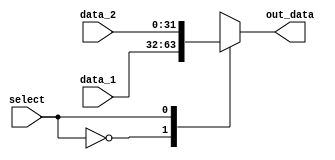
module mux_32bit(input select,input[31:0] data_1,input[31:0] data_2,output reg [31:0] out_data);
always@(select,data_1,data_2) 
begin
case(select)
	1'b0:out_data=data_1;
	1'b1:out_data=data_2;
endcase
end
endmodule

module mux_5bit(input select,input[4:0] data_1,input[4:0] data_2,output reg [4:0] out_data);
always@(select,data_1,data_2) 
begin
case(select)
	1'b0:out_data=data_1;
	1'b1:out_data=data_2;
endcase
end
endmodule